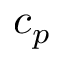
c _ { p }